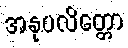
အနုပလိတ္တော